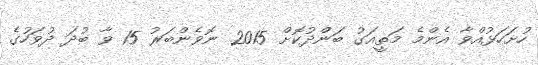
ހުށަހަޅުއްވާ އެންމެ މަތީއަގު ބަންދުކޮށް 2015 ނޮވެންބަރު 15 ވާ ބުދަ ދުވަހުގެ